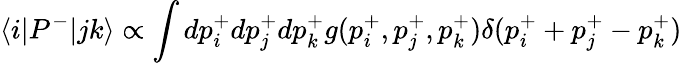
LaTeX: \langle i|P^{-}|jk\rangle\propto\int dp_{i}^{+}dp_{j}^{+}dp_{k}^{+}g(p_{i}^{+},p_{j}^{+},p_{k}^{+})\delta(p_{i}^{+}+p_{j}^{+}-p_{k}^{+})